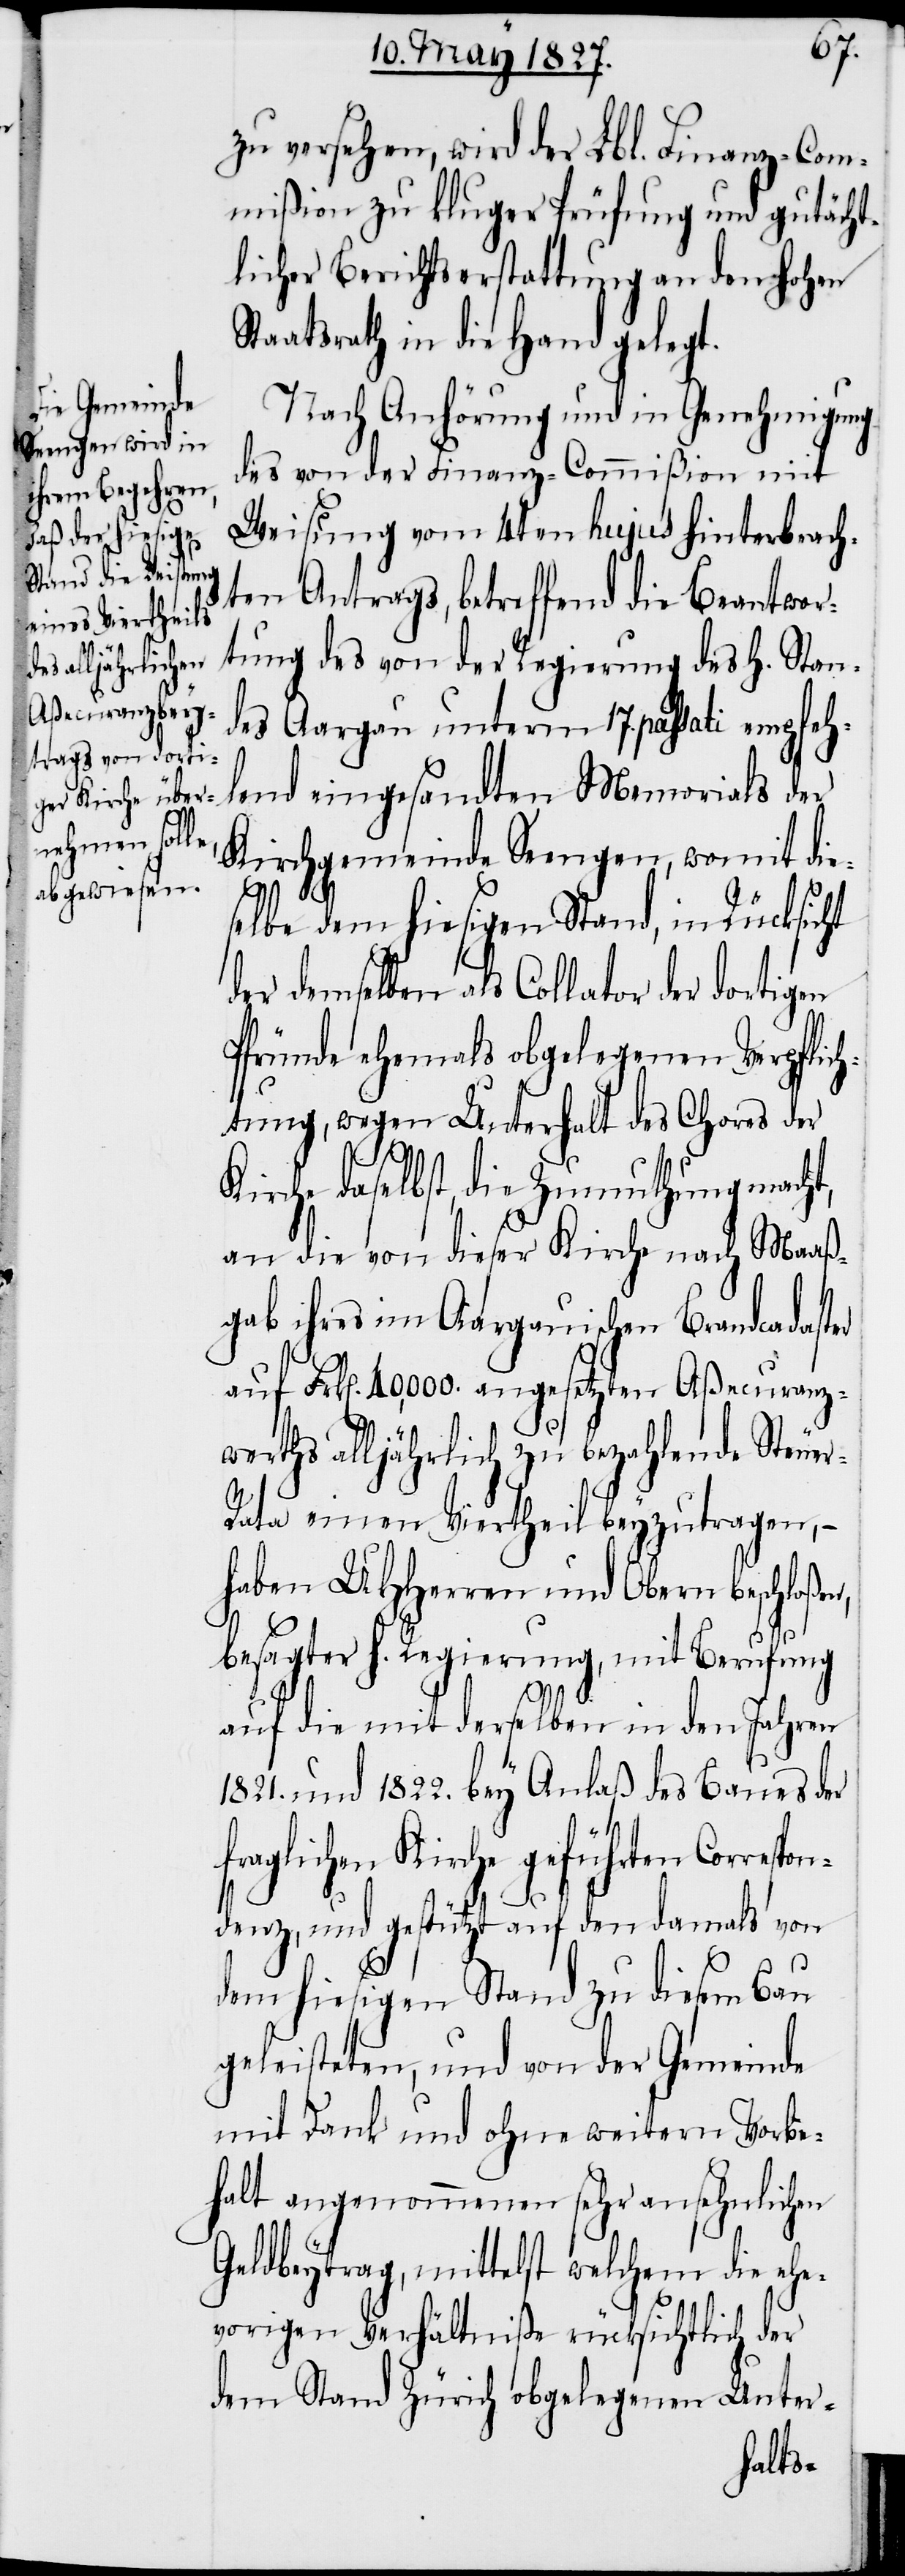
zu versehen, wird der Lbl. Finanz-Com¬
mißion zu kluger Prüfung und gutächt¬
licher Berichtserstattung an den Hohen
Staatsrath in die Hand gelegt.
Nach Anhörung und in Genehmigung
des von der Finanz-Commißion mit
Weisung vom 4ten hujus hinterbrach¬
ten Antrags, betreffend die Beantwor¬
tung des von der Regierung des H. Stan¬
des Aargau unterm 17. passati empfeh¬
lend eingesandten Memorials der
Kirchgemeinde Seengen, womit die¬
selbe dem hiesigen Stand, in Rücksicht
der demselben als Collator der dortigen
Pfründe ehemals obgelegenen Verpflic¬
htung, wegen Unterhalt des Chores der
r-R¬
Kirche daselbst, die Zumuthung macht,
an die von dieser Kirche nach Maaß¬
gab ihres im Aargauischen Brandcadaster
auf Frk[en]. 40,000. angesetzten Aßecuranz¬
werths alljährlich zu bezahlende Steue¬
ata einen Viertheil beyzutragen, –
haben UHHerren und Obern beschloße¬
besagter h. Regierung, mit Berufung
n,
auf die mit derselben in den Jahren
1821. und 1822. bey Anlaß des Baues der
fraglichen Kirche geführten Correspo¬
ndenz, und gestützt auf den damals von
dem hiesigen Stand zu diesem Bau
geleisteten, und von der Gemeinde
mit Dank und ohne weitern Vorbe¬
halt angenommenen sehr ansehnlichen
Geldbeytrag, mittelst welchem die ehe¬
vorigen Verhältniße rücksichtlich der
dem Stand Zürich obgelegenen Unter-